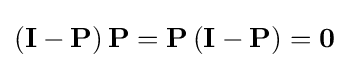
\left(\mathbf {I} -\mathbf {P} \right)\mathbf {P} =\mathbf {P} \left(\mathbf {I} -\mathbf {P} \right)=\mathbf {0}